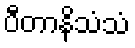
ပီတာနိသံသံ